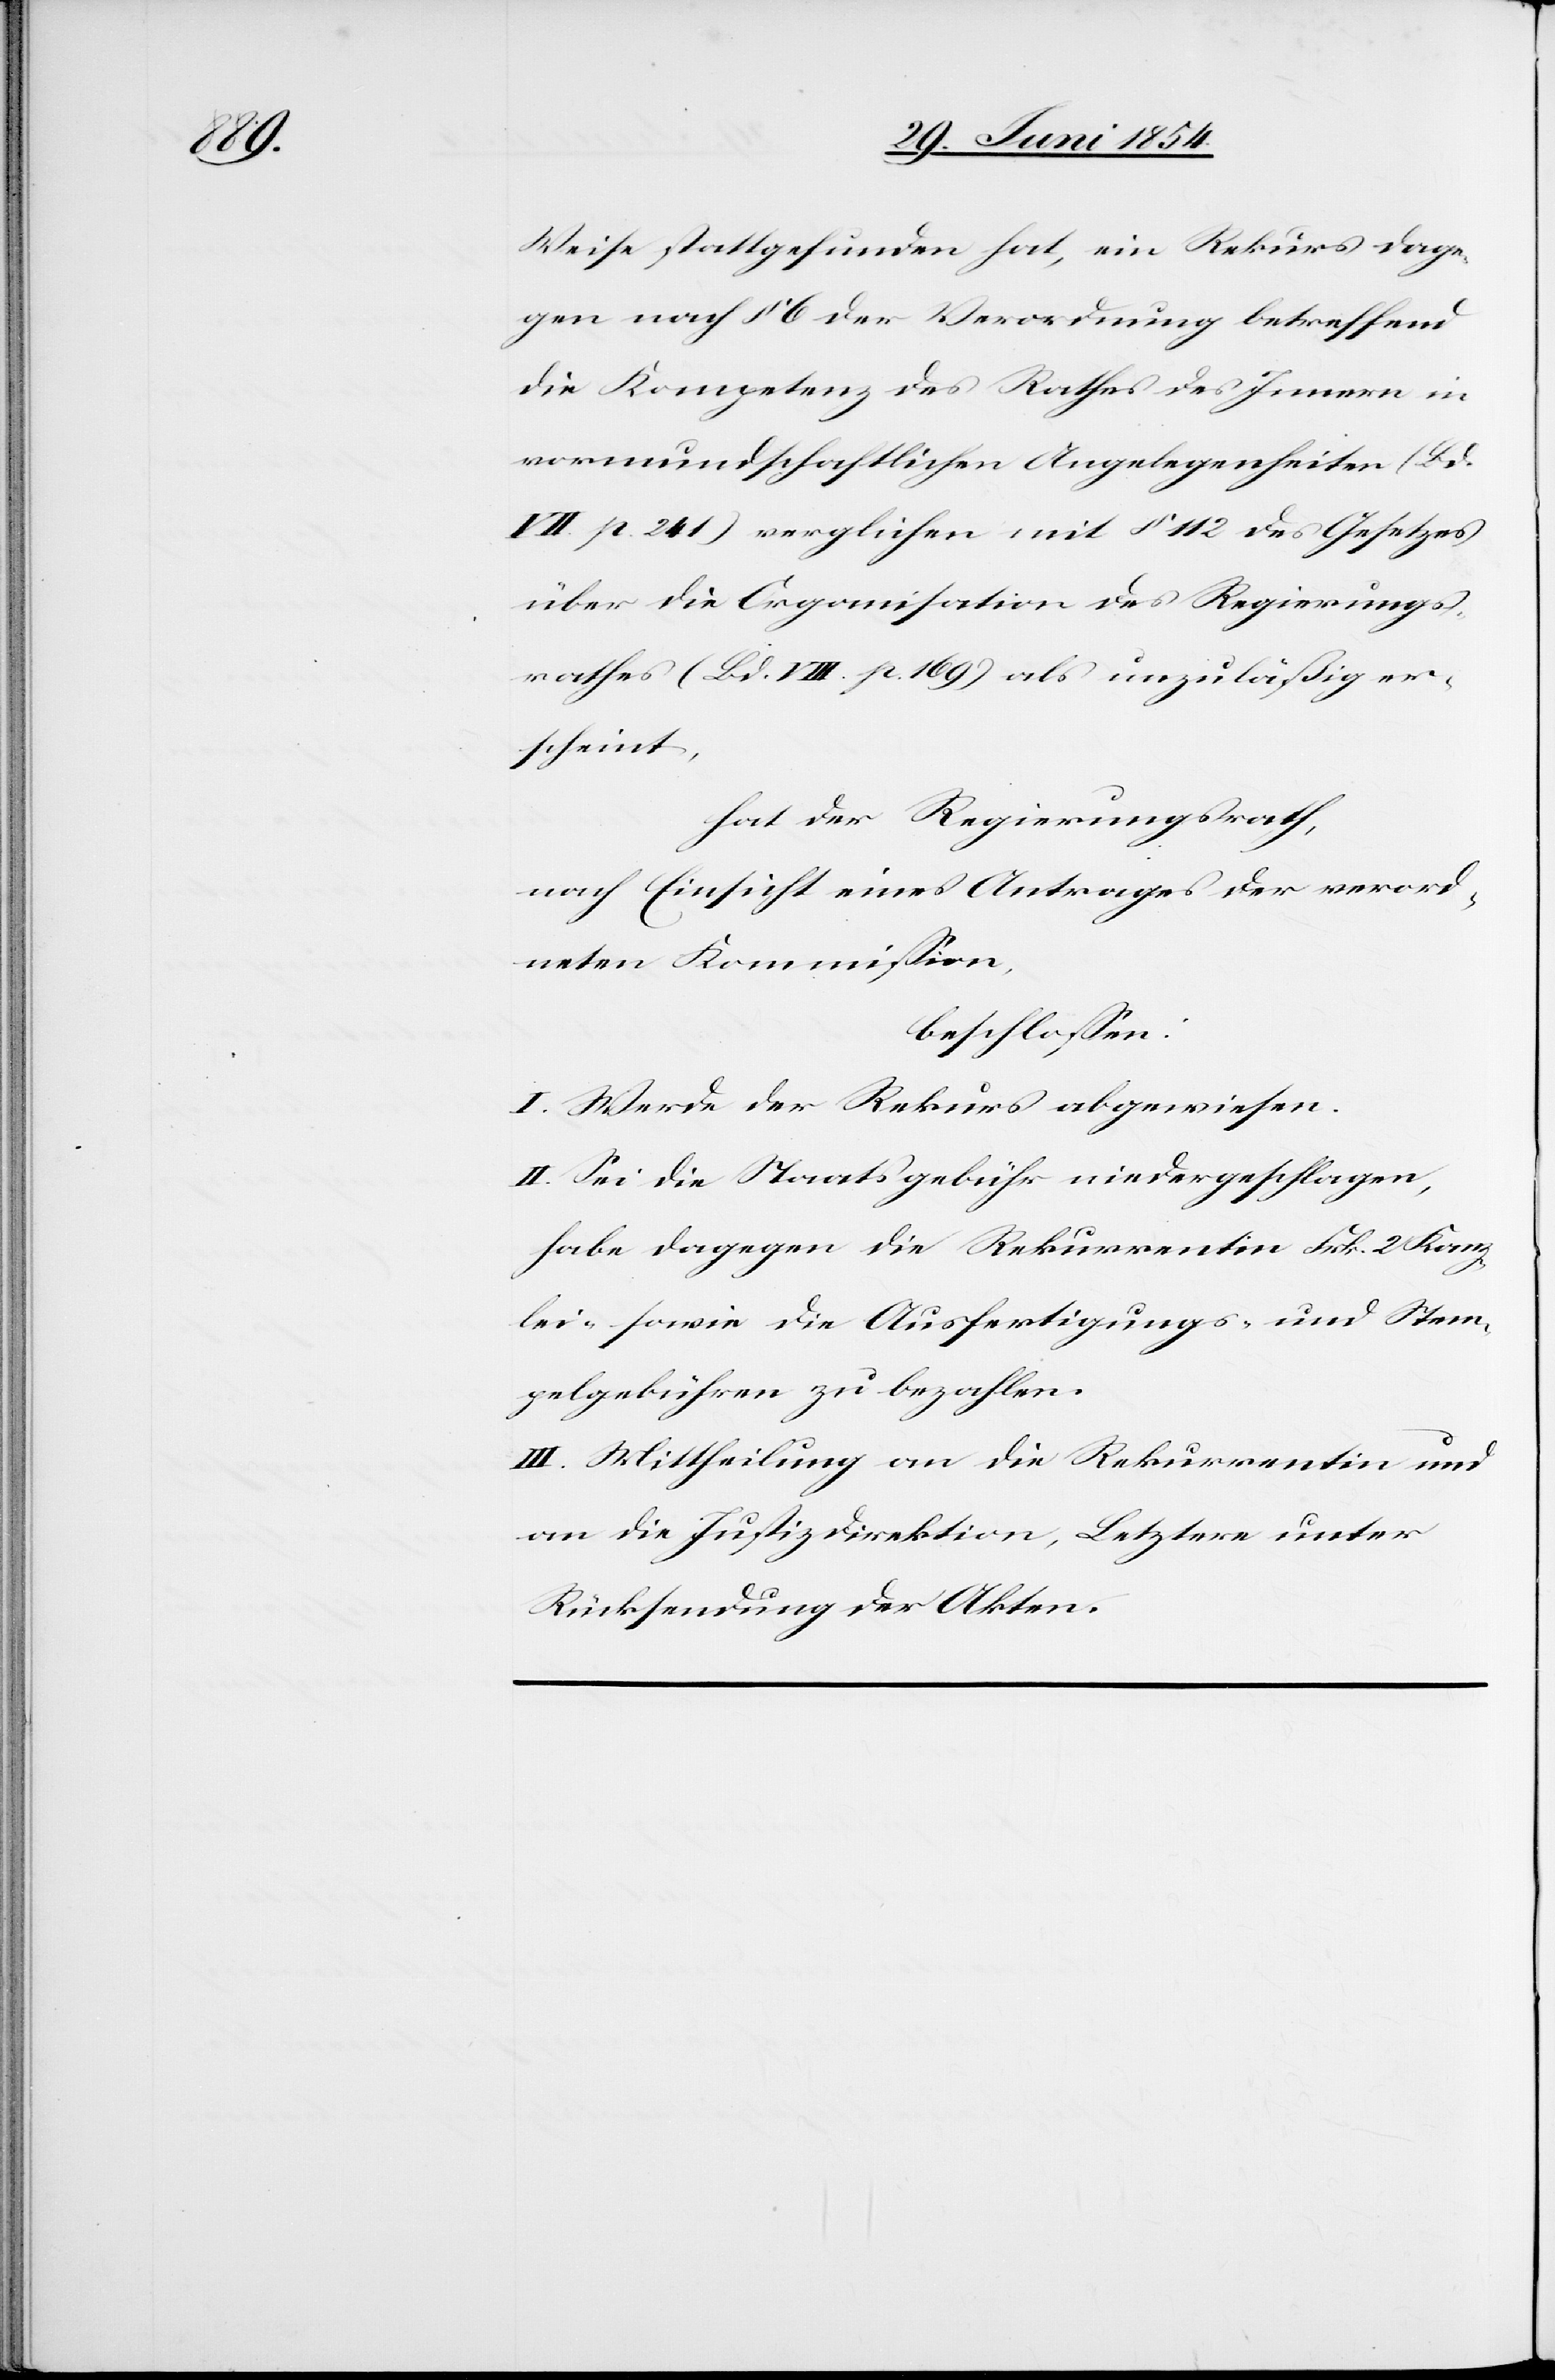
Weise stattgefunden hat, ein Rekurs dage¬
gen nach § 6 der Verordnung betreffend
die Kompetenz des Rathes des Innern in
vormundschaftlichen Angelegenheiten (Bd.
VII. p. 241) verglichen mit § 112 des Gesetzes
über die Organisation des Regierungs¬
rathes (Bd. VIII. p. 169) als unzuläßig er¬
scheint,
hat der Regierungsrath,
nach Einsicht eines Antrages der verord¬
neten Kommißion,
beschloßen:
I. Werde der Rekurs abgewiesen.
II. Sei die Staatsgebühr niedergeschlagen,
habe dagegen die Rekurrentin Frk. 2 Kanz¬
lei- sowie die Ausfertigungs- und Stem¬
pelgebühren zu bezahlen.
III. Mittheilung an die Rekurrentin und
an die Justizdirektion, Letztere unter
Rücksendung der Akten.